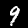
Label: 9